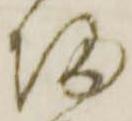
帰